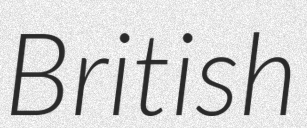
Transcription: British